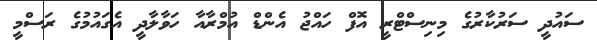
ސައުދީ ސަރުކާރުގެ މިނިސްޓްރީ އޮފް ހައްޖު އެންޑް އުމްރާއާ ހަވާލާދީ އެގައުމުގެ ރަސްމީ